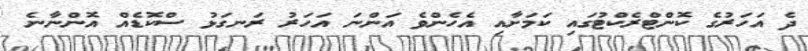
ދެ އަހަރުގެ ކޮންޓްރެކްޓުގައި ކަމަށާއި އެހެންވެ އަންނަ އަހަރު ރަނގަޅު ސްކޮޑެއް އޮންނާނެ